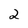
Character: 2